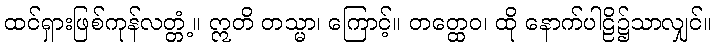
ထင်ရှားဖြစ်ကုန်လတ္တံ့။ ဣတိ တသ္မာ၊ ကြောင့်။ တတ္ထေဝ၊ ထို နောက်ပါဠိ၌သာလျှင်။